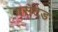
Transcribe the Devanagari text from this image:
बसटड